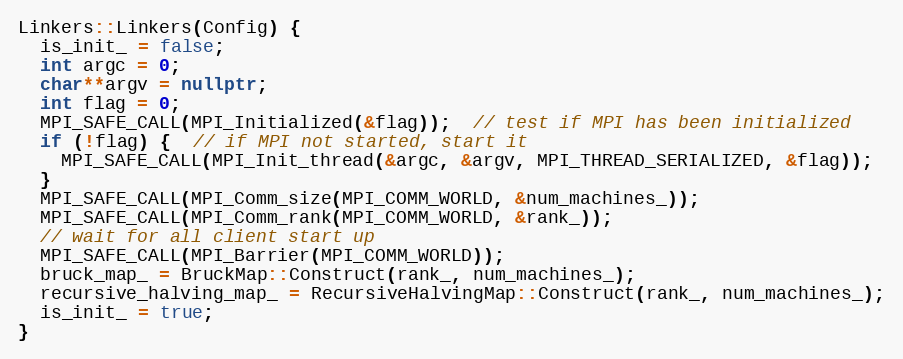
Language: C++
Linkers::Linkers(Config) {
  is_init_ = false;
  int argc = 0;
  char**argv = nullptr;
  int flag = 0;
  MPI_SAFE_CALL(MPI_Initialized(&flag));  // test if MPI has been initialized
  if (!flag) {  // if MPI not started, start it
    MPI_SAFE_CALL(MPI_Init_thread(&argc, &argv, MPI_THREAD_SERIALIZED, &flag));
  }
  MPI_SAFE_CALL(MPI_Comm_size(MPI_COMM_WORLD, &num_machines_));
  MPI_SAFE_CALL(MPI_Comm_rank(MPI_COMM_WORLD, &rank_));
  // wait for all client start up
  MPI_SAFE_CALL(MPI_Barrier(MPI_COMM_WORLD));
  bruck_map_ = BruckMap::Construct(rank_, num_machines_);
  recursive_halving_map_ = RecursiveHalvingMap::Construct(rank_, num_machines_);
  is_init_ = true;
}